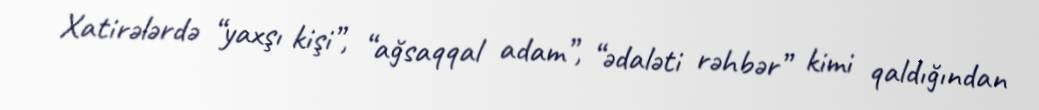
Xatirələrdə “yaxşı kişi”, “ağsaqqal adam”, “ədaləti rəhbər” kimi qaldığından